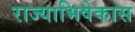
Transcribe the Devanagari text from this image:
राज्याभिषेकास